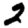
Digit: 2